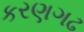
કરણગઢ